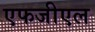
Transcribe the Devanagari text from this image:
एफजीएल